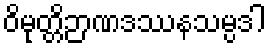
ဝိမုတ္တိဉာဏဒဿနသမ္ပဒါ